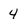
Character: 4